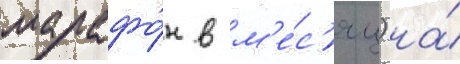
марафо́н в м'е́с'яц) на́